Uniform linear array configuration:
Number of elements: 48
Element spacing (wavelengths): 0.25
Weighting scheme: cosine
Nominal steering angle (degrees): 45
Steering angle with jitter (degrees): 43.764
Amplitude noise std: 0.05
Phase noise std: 0.05

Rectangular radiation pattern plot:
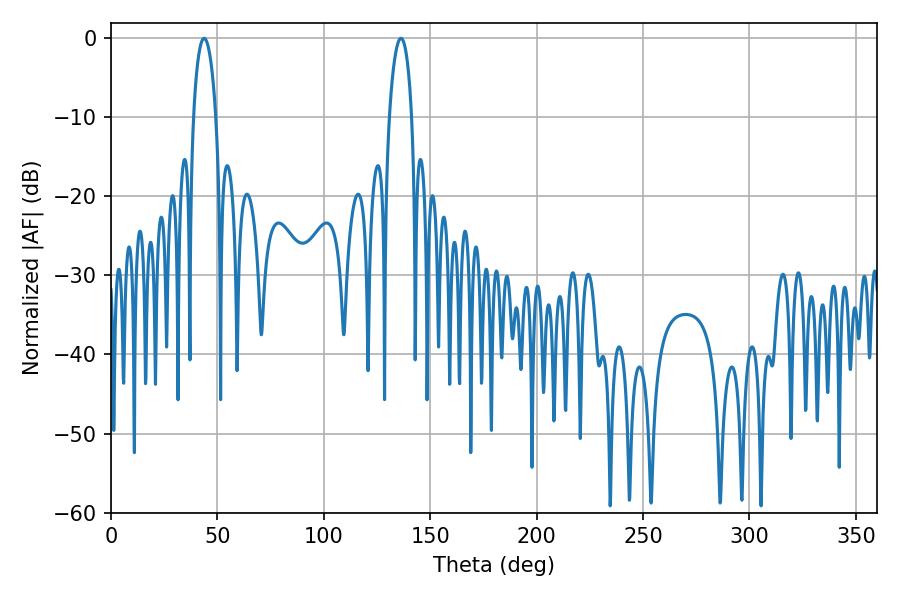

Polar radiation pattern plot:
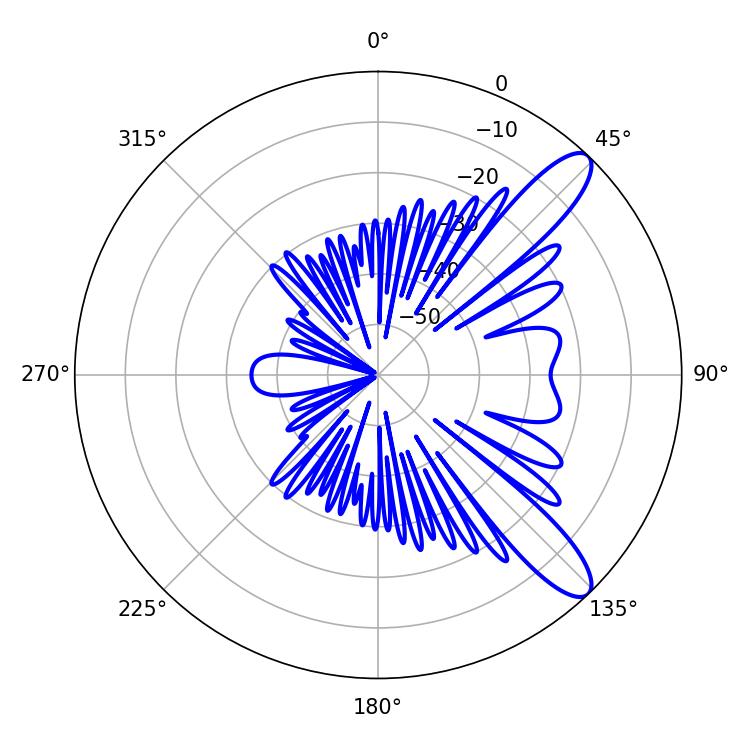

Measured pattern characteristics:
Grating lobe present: FALSE
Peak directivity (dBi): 10.924
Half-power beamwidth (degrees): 5.94
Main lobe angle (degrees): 43.74